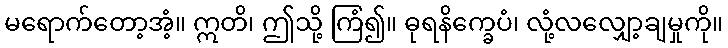
မရောက်တော့အံ့။ ဣတိ၊ ဤသို့ ကြံ၍။ ဓုရနိက္ခေပံ၊ လုံ့လလျှော့ချမှုကို။